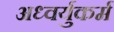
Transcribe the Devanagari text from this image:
अध्वर्युकर्म